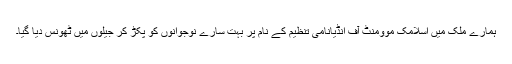
ہمارے ملک میں اسلامک موومنٹ آف انڈیانامی تنظیم کے نام پر بہت سارے نوجوانوں کو پکڑ کر جیلوں میں ٹھونس دیا گیا۔